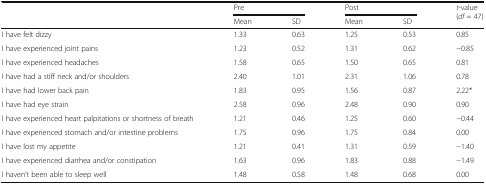
| <ROWSPAN=2>  | <COLSPAN=2> Pre | <COLSPAN=2> Post | <ROWSPAN=2> t-value (df = 47) |
 | Mean | SD | Mean | SD |
 | --- | --- | --- | --- | --- | --- |
 | I have felt dizzy | 1.33 | 0.63 | 1.25 | 0.53 | 0.85 |
 | I have experienced joint pains | 1.23 | 0.52 | 1.31 | 0.62 | −0.85 |
 | I have experienced headaches | 1.58 | 0.65 | 1.50 | 0.65 | 0.81 |
 | I have had a stiff neck and/or shoulders | 2.40 | 1.01 | 2.31 | 1.06 | 0.78 |
 | I have had lower back pain | 1.83 | 0.95 | 1.56 | 0.87 | 2.22* |
 | I have had eye strain | 2.58 | 0.96 | 2.48 | 0.90 | 0.90 |
 | I have experienced heart palpitations or shortness of breath | 1.21 | 0.46 | 1.25 | 0.60 | −0.44 |
 | I have experienced stomach and/or intestine problems | 1.75 | 0.96 | 1.75 | 0.84 | 0.00 |
 | I have lost my appetite | 1.21 | 0.41 | 1.31 | 0.59 | −1.40 |
 | I have experienced diarrhea and/or constipation | 1.63 | 0.96 | 1.83 | 0.88 | −1.49 |
 | I haven’t been able to sleep well | 1.48 | 0.58 | 1.48 | 0.68 | 0.00 |